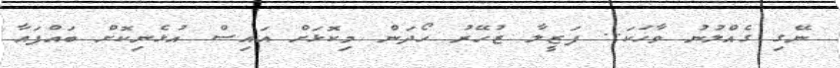
ނޭގި ގެއްލުނު ވާހަކަ.. ފަޒީލާ ޒުހޭރު ހޯދަން މިކޮޅަށް އައިސް އުޅެނިކޮށް ބައްޕައާ